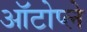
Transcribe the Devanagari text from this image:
ऑटोप्ले